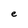
Character: e